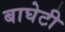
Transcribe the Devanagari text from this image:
बाघेटी